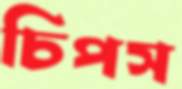
চিপস